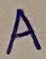
Text: A